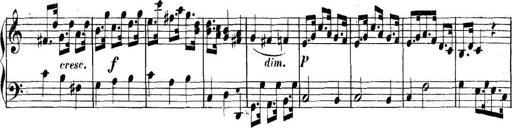
Title: Collected Piano Sonatas
Composer: Muzio Clementi